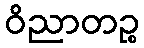
ဝိညာတဉ္စ